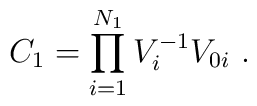
C_1=\prod_{i=1}^{N_1}V_i^{-1}V_{0i}\ .